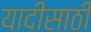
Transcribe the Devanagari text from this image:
यादीसाठी